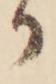
か